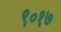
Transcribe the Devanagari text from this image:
९०१७